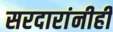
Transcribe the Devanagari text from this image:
सरदारांनीही